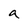
Character: a